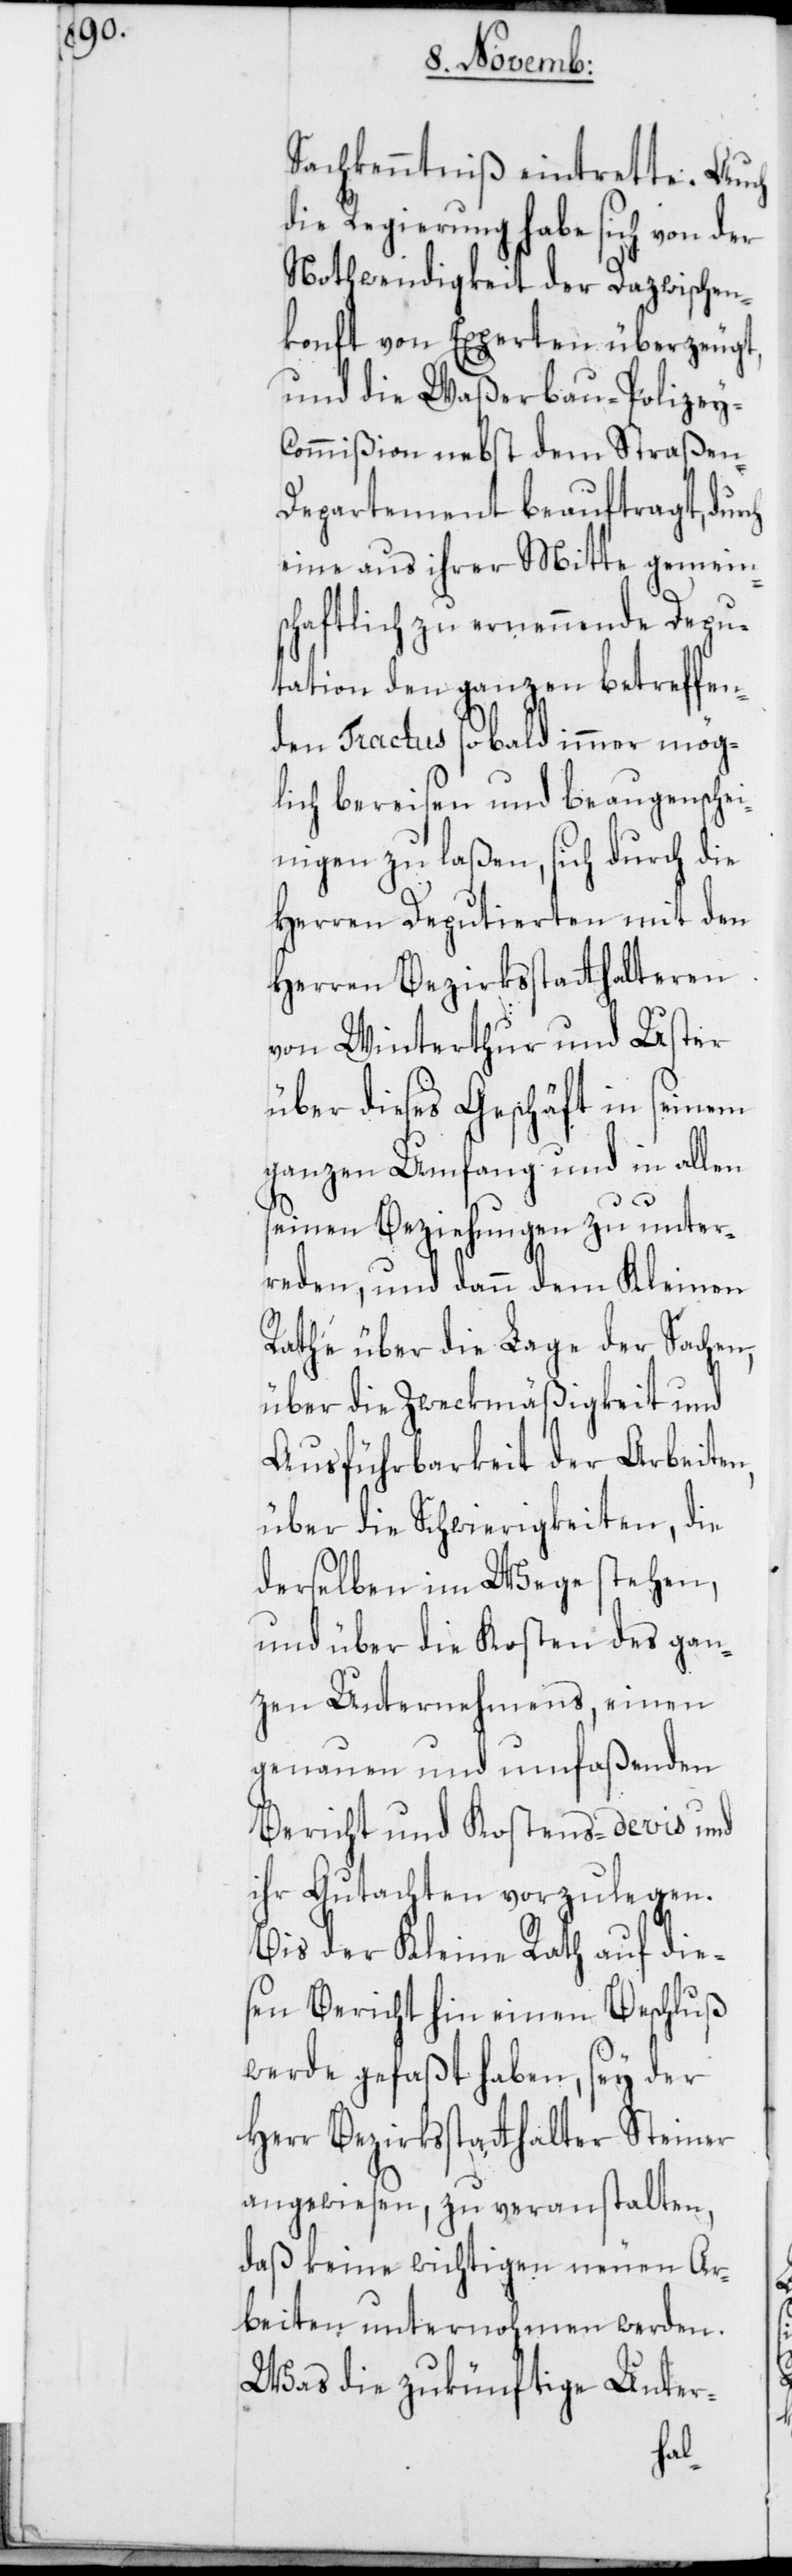
Sachkenntniß eintrette. Auch
die Regierung habe sich von der
Nothwendigkeit der Dazwischen¬
konft von Experten überzeugt,
und die Waßerbau-Polizey-C¬
ommißion nebst dem Straßen-D¬
epartement beauftragt, dur¬
eine aus ihrer Mitte gemein¬
schaftlich zu ernennende Depu¬
tation den ganzen betreffen¬
den Tractus sobald immer mög¬
lich bereisen und beaugenschei¬
nigen zu laßen, sich durch die
Herren Deputierten mit den
Herren Bezirksstatthalteren
von Winterthur und Uster
über dieses Geschäft in seinem
ganzen Umfang und in allen
seinen Beziehungen zu unter¬
reden, und dann dem Kleinen
Rathe über die Lage der Sachen,
über die Zweckmäßigkeit und
Ausführbarkeit der Arbeiten,
über die Schwierigkeiten, die
derselben im Wege stehen,
und über die Kosten des gan¬
zen Unternehmens, einen
genauen und umfaßenden
Bericht und Kostens-devis und
ihr Gutachten vorzulegen.
Bis der Kleine Rath auf die¬
sen Bericht hin einen Beschluß
werde gefaßt haben, sey der
Herr Bezirksstatthalter Steiner
angewiesen, zu veranstalten,
daß keine wichtigen neuen Ar¬
beiten unternohmen werden.
Was die zukünftige Unter-
ch